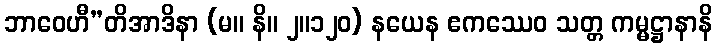
ဘာဝေဟီ”တိအာဒိနာ (မ။ နိ။ ၂။၁၂၀) နယေန ဧကဿေဝ သတ္တ ကမ္မဋ္ဌာနာနိ